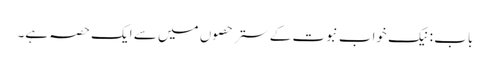
باب : نیک خواب نبوت کے ستر حصوں میں سے ایک حصہ ہے۔